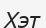
Хэт